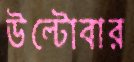
উল্‌টোবার